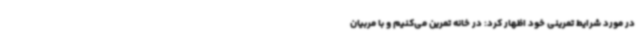
در مورد شرایط تمرینی خود اظهار کرد: در خانه تمرین می‌کنیم و با مربیان